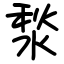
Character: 湬